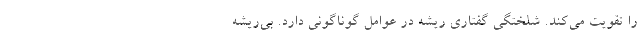
را تقویت می‌کند. شلختگی گفتاری ریشه در عوامل گوناگونی دارد. بی‌ریشه